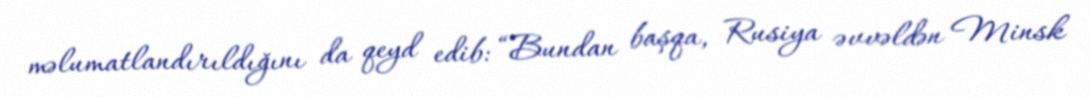
məlumatlandırıldığını da qeyd edib: “Bundan başqa, Rusiya əvvəldən Minsk